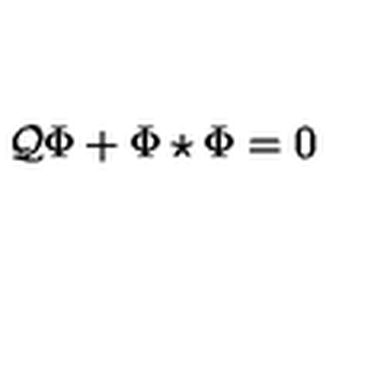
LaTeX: { \cal Q } \Phi + \Phi \star \Phi = 0